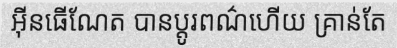
អ៊ីនធើណែត បានប្តូរពណ៌ហើយ គ្រាន់តែ